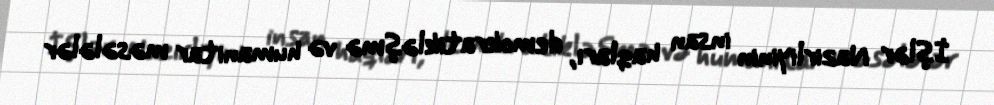
İşlər Nazirliyinin insan haqları, demokratikləşmə və humanitar məsələlər